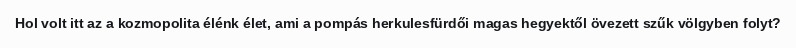
Hol volt itt az a kozmopolita élénk élet, ami a pompás herkulesfürdői magas hegyektől övezett szűk völgyben folyt?